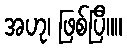
အဟု၊ ဖြစ်ပြီ။။